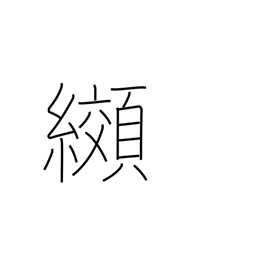
Meaning: tie-dyeing